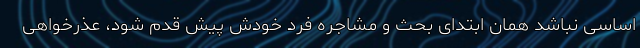
اساسی نباشد همان ابتدای بحث و مشاجره فرد خودش پیش قدم شود، عذرخواهی